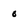
Character: O